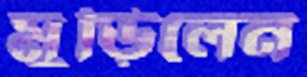
মুড়িলেন